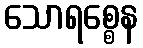
သောရစ္စေန